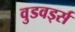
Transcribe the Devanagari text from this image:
वुडवर्ड्स